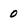
Character: 0